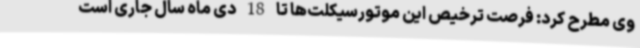
وی مطرح کرد: فرصت ترخیص این موتورسیکلت‌ها تا 18 دی ماه سال جاری است